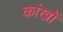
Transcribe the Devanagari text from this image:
कांखों